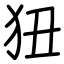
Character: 狃